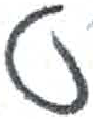
אות: ט